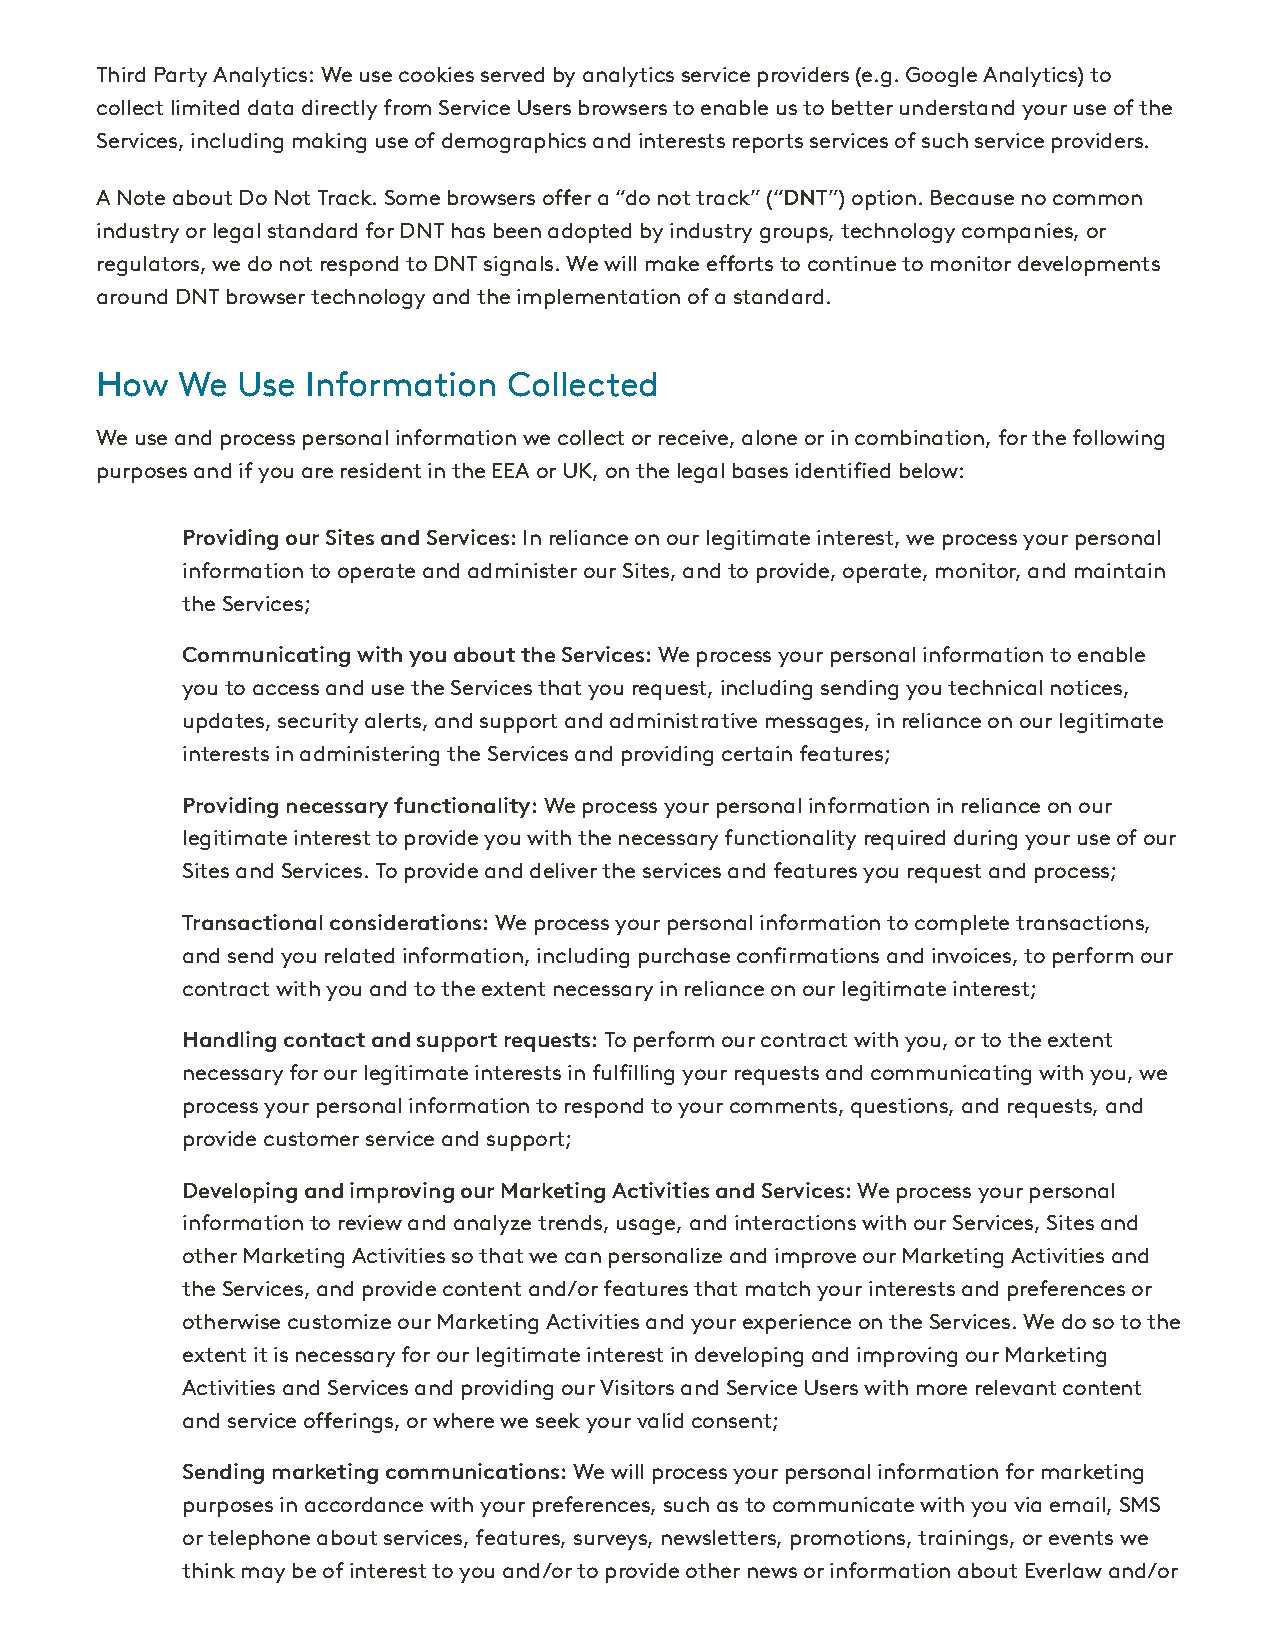
Third Party Analytics: We use cookies served by analytics service providers (e.g. Google Analytics) to
 collect limited data directly from Service Users browsers to enable us to better understand your use of the
 Services, including making use of demographics and interests reports services of such service providers.
 A Note about Do Not Track. Some browsers oer a “do not track” (“DNT”) option. Because no common
 industry or legal standard for DNT has been adopted by industry groups, technology companies, or
 regulators, we do not respond to DNT signals. We will make eorts to continue to monitor developments
 around DNT browser technology and the implementation of a standard.
 How   We  Use Information   Collected
 We use and process personal information we collect or receive, alone or in combination, for the following
 purposes and if you are resident in the EEA or UK, on the legal bases identied below:
 Providing our Sites and Services: In reliance on our legitimate interest, we process your personal
 information to operate and administer our Sites, and to provide, operate, monitor, and maintain
 the Services;
 Communicating with you about the Services: We process your personal information to enable
 you to access and use the Services that you request, including sending you technical notices,
 updates, security alerts, and support and administrative messages, in reliance on our legitimate
 interests in administering the Services and providing certain features;
 Providing necessary functionality: We process your personal information in reliance on our
 legitimate interest to provide you with the necessary functionality required during your use of our
 Sites and Services. To provide and deliver the services and features you request and process;
 Transactional considerations: We process your personal information to complete transactions,
 and send you related information, including purchase conrmations and invoices, to perform our
 contract with you and to the extent necessary in reliance on our legitimate interest;
 Handling contact and support requests: To perform our contract with you, or to the extent
 necessary for our legitimate interests in fullling your requests and communicating with you, we
 process your personal information to respond to your comments, questions, and requests, and
 provide customer service and support;
 Developing and improving our Marketing Activities and Services: We process your personal
 information to review and analyze trends, usage, and interactions with our Services, Sites and
 other Marketing Activities so that we can personalize and improve our Marketing Activities and
 the Services, and provide content and/or features that match your interests and preferences or
 otherwise customize our Marketing Activities and your experience on the Services. We do so to the
 extent it is necessary for our legitimate interest in developing and improving our Marketing
 Activities and Services and providing our Visitors and Service Users with more relevant content
 and service oerings, or where we seek your valid consent;
 Sending marketing communications: We will process your personal information for marketing
 purposes in accordance with your preferences, such as to communicate with you via email, SMS
 or telephone about services, features, surveys, newsletters, promotions, trainings, or events we
 think may be of interest to you and/or to provide other news or information about Everlaw and/or